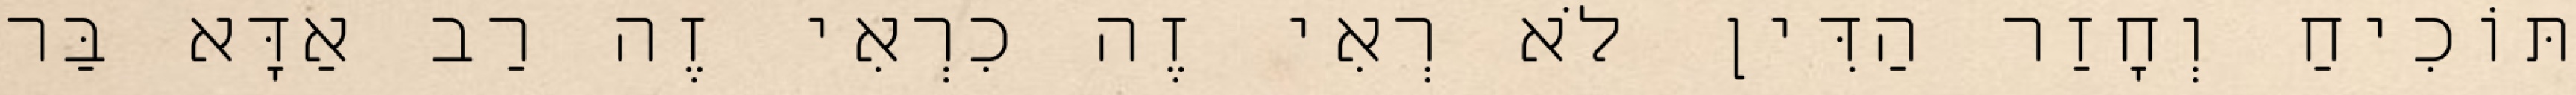
תּוֹכִיחַ וְחָזַר הַדִּין לֹא רְאִי זֶה כִרְאִי זֶה רַב אַדָּא בַּר